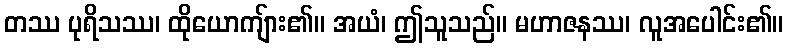
တဿ ပုရိသဿ၊ ထိုယောကျ်ား၏။ အယံ၊ ဤသူသည်။ မဟာဇနဿ၊ လူအပေါင်း၏။